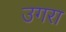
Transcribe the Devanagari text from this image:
उगरा